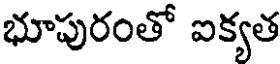
భూపురంతో ఐక్యత